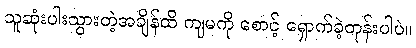
သူဆုံးပါးသွားတဲ့အချိန်ထိ ကျမကို စောင့် ရှောက်ခဲ့တုန်းပါပဲ။